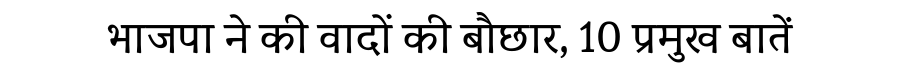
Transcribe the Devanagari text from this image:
भाजपा ने की वादों की बौछार, 10 प्रमुख बातें